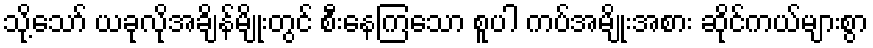
သို့သော် ယခုလိုအချိန်မျိုးတွင် စီးနေကြသော စူပါ ကပ်အမျိုးအစား ဆိုင်ကယ်များစွာ